Report of the Municipal Commissioner on the plague in Bombay for the year ending 31st May... - Volume 1
Disease focus: Plague
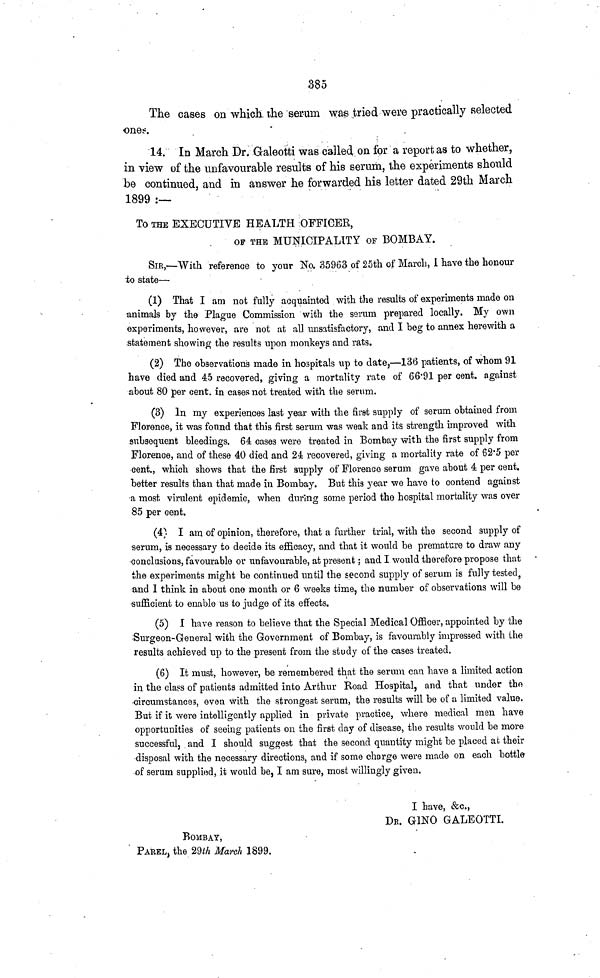
385
The cases on which, the serum was tried were practically selected
ones.
14. In March Dr. Galeotti was called on for a report as to whether,
in view of the unfavourable results of his serum, the experiments should
be continued, and in answer he forwarded his letter dated 29th March
1899 : —
To THE EXECUTIVE HEALTH OFFICER,
OF THE MUNICIPALITY OF BOMBAY.
SIR,—With reference to your No. 35963 of 25th of March, 1 have the honour
to state—
(1) That I am not fully acquainted with the results of experiments made on
animals by the Plague Commission with the serum prepared locally. My own
experiments, however, are not at all unsatisfactory, and I beg to annex herewith a
statement showing the results upon monkeys and rats.
(2) The observations made in hospitals up to date,—136 patients, of whom 91
have died and 45 recovered, giving a mortality rate of 66·91 per cent, against
about 80 per cent, in cases not treated with the serum.
(3) In my experiences last year with the first supply of serum obtained from
Florence, it was found that this first serum was weak and its strength improved with
subsequent bleedings. 64 cases were treated in Bombay with the first supply from
Florence, and of these 40 died and 24 recovered, giving a mortality rate of 62·5 per
cent., which shows that the first supply of Florence serum gave about 4 per cent,
better results than that made in Bombay. But this year we have to contend against
a most virulent epidemic, when during some period the hospital mortality was over
85 per cent.
(4) I am of opinion, therefore, that a further trial, with the second supply of
serum, is necessary to decide its efficacy, and that it would be premature to draw any
conclusions, favourable or unfavourable, at present; and I would therefore propose that
the experiments might be continued until the second supply of serum is fully tested,
and I think in about one month or 6 weeks time, the number of observations will be
sufficient to enable us to judge of its effects.
(5) I have reason to believe that the Special Medical Officer, appointed by the
Surgeon-General with the Government of Bombay, is favourably impressed with the
results achieved up to the present from the study of the cases treated.
(6) It must, however, be remembered that the serum cau have a limited action
in the class of patients admitted into Arthur Road Hospital, and that under the
circumstances, even with the strongest serum, the results will be of a limited value.
But if it were intelligently applied in private practice, where medical men have
opportunities of seeing patients on the first day of disease, the results would be more
successful, and I should suggest that the second quantity might be placed at their
disposal with the necessary directions, and if some charge were made on each bottle
of serum supplied, it would be, I am sure, most willingly given.
I have, &c.,
DE. GINO GALEOTTI.
BOMBAY,
PAREL, the 29th March 1899.